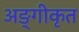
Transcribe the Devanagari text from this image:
अङ्गीकृत